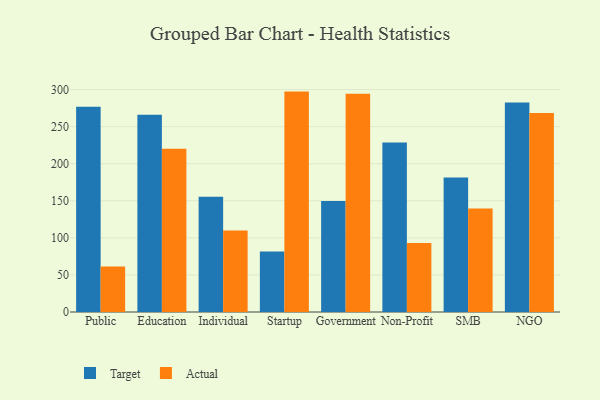
{"axis": {"x": "Segment", "y": "Waste Production (Tons)"}, "legend": ["Actual", "Target"], "data": [{"x": "Public", "y": 276.7, "type": "Target"}, {"x": "Public", "y": 61.5, "type": "Actual"}, {"x": "Education", "y": 265.9, "type": "Target"}, {"x": "Education", "y": 220.1, "type": "Actual"}, {"x": "Individual", "y": 155.5, "type": "Target"}, {"x": "Individual", "y": 109.9, "type": "Actual"}, {"x": "Startup", "y": 81.5, "type": "Target"}, {"x": "Startup", "y": 297.2, "type": "Actual"}, {"x": "Government", "y": 149.6, "type": "Target"}, {"x": "Government", "y": 294.2, "type": "Actual"}, {"x": "Non-Profit", "y": 228.5, "type": "Target"}, {"x": "Non-Profit", "y": 93.2, "type": "Actual"}, {"x": "SMB", "y": 181.3, "type": "Target"}, {"x": "SMB", "y": 139.6, "type": "Actual"}, {"x": "NGO", "y": 282.6, "type": "Target"}, {"x": "NGO", "y": 268.3, "type": "Actual"}]}